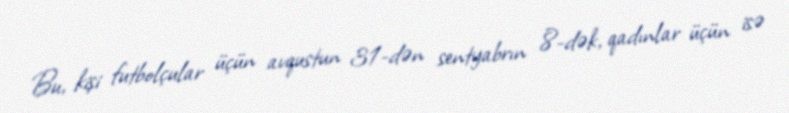
Bu, kişi futbolçular üçün avqustun 31-dən sentyabrın 8-dək, qadınlar üçün isə